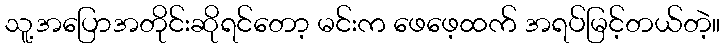
သူ့အပြောအတိုင်းဆိုရင်တော့ မင်းက ဖေဖေ့ထက် အရပ်မြင့်တယ်တဲ့။